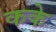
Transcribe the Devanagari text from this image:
कके